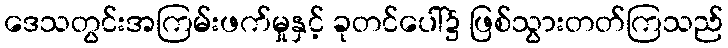
ဒေသတွင်းအကြမ်းဖက်မှုနှင့် ခုတင်ပေါ်၌ ဖြစ်သွားတတ်ကြသည်